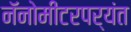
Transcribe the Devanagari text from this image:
नॅनोमीटरपर्यंत